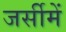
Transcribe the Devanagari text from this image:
जर्सीमें